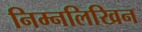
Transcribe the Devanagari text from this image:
निम्नलिखिन